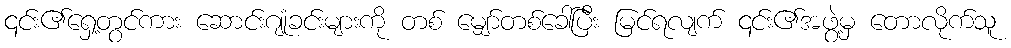
၎င်း၏ရှေ့တွင်ကား ဆောင်းဂျုံခင်းများကို တစ် မျှော်တစ်ခေါ်ပြီး မြင်ရလျက် ၎င်း၏အဖွဲ့မှ တောလိုက်သူ